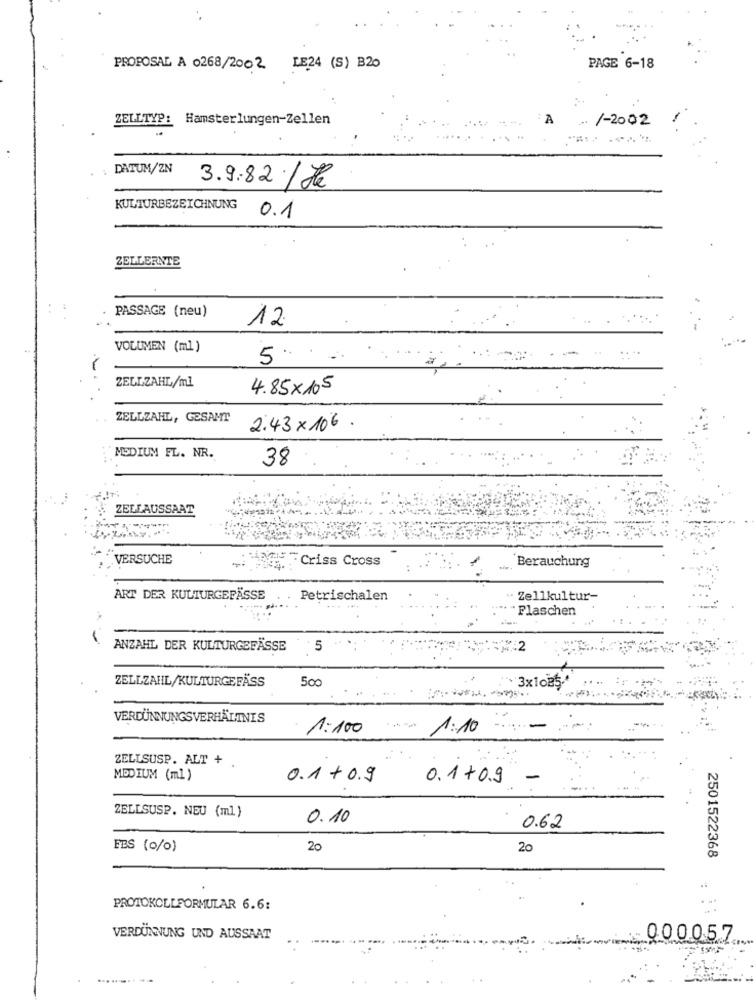
..
PROPOSAL A 0268/2002 LE24 (S) 320
PAGE 6-18
ZELLTYP: Hamsterlungen-Zellen
A
1-2002
DATUM/ZN
3.9.82./ Je
KULTURBEZEICHNUNG
0.1
ZELLERNTE
PASSAGE (neu)
12.
VOLUMEN (ml)
5.
ZELLZAHL/ml
4.85×105
ZELLZAHL, GESAMT
2.43 x 106 .
MEDIUM FL. NR.
38
ZELLAUSSAAT
VERSUCHE
:ingIS Criss Cross
Berauchung
ART DER KULTURGEPÄSSE
Petrischalen
Zellkultur-
Flaschen
ANZAHL DER KULTURGEFÄSSE
5
ZELLZAHL/KULTURGEFÄSS
500
3x10B5.
VERDÜNNUNGSVERHÄLTNIS
1:100
1:10
ZELLSUSP. ALT + .
MEDIUM (ml)
0.1 + 0.9
0.1 +0.9
-
ZELLSUSP. NEU (ml)
0.10
0.62
EBS (0/0)
20
20
2501522368
PROTOKOLLFORMULAR 6.6:
VERDÜNNUNG UND AUSSAAT
000057